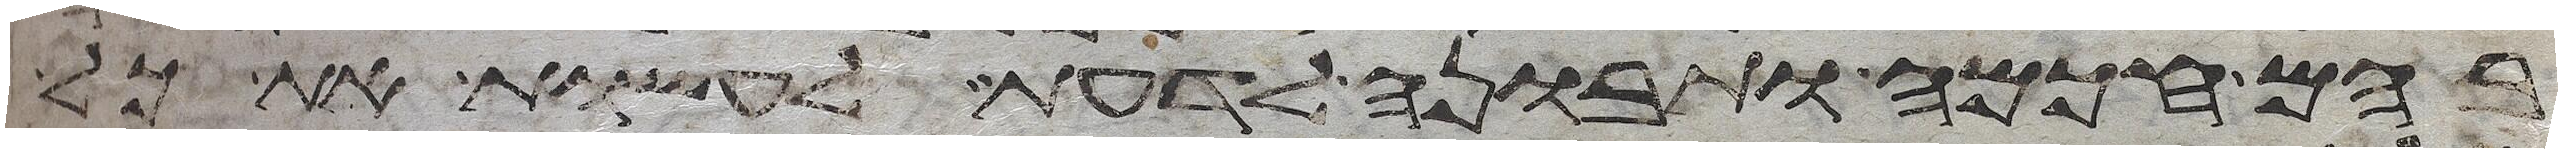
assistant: בהם חכמה ותבונה לדעת לעשות את כל